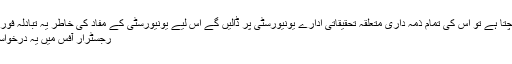
ان حالات میں اگر اس کے بچوں کو کوئی نقصان پہنچتا ہے تو اس کی تمام ذمہ داری متعلقہ تحقیقاتی ادارے یونیورسٹی پر ڈالیں گے اس لیے یونیورسٹی کے مفاد کی خاطر یہ تبادلہ فوری طور پر منسوخ کرنے کی استدعا کی جاتی ہے ،،
رجسٹرار آفس میں یہ درخواست جوں ہی پہنچی اسی وقت تبادلہ منسوخ کر دیا گیا۔